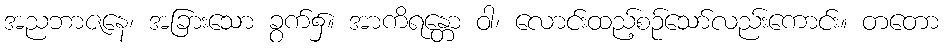
အညဘာဇနေ၊ အခြားသော ခွက်၌။ အာကိရန္တော ဝါ၊ လောင်းထည့်စဉ်သော်လည်းကောင်း။ တတော